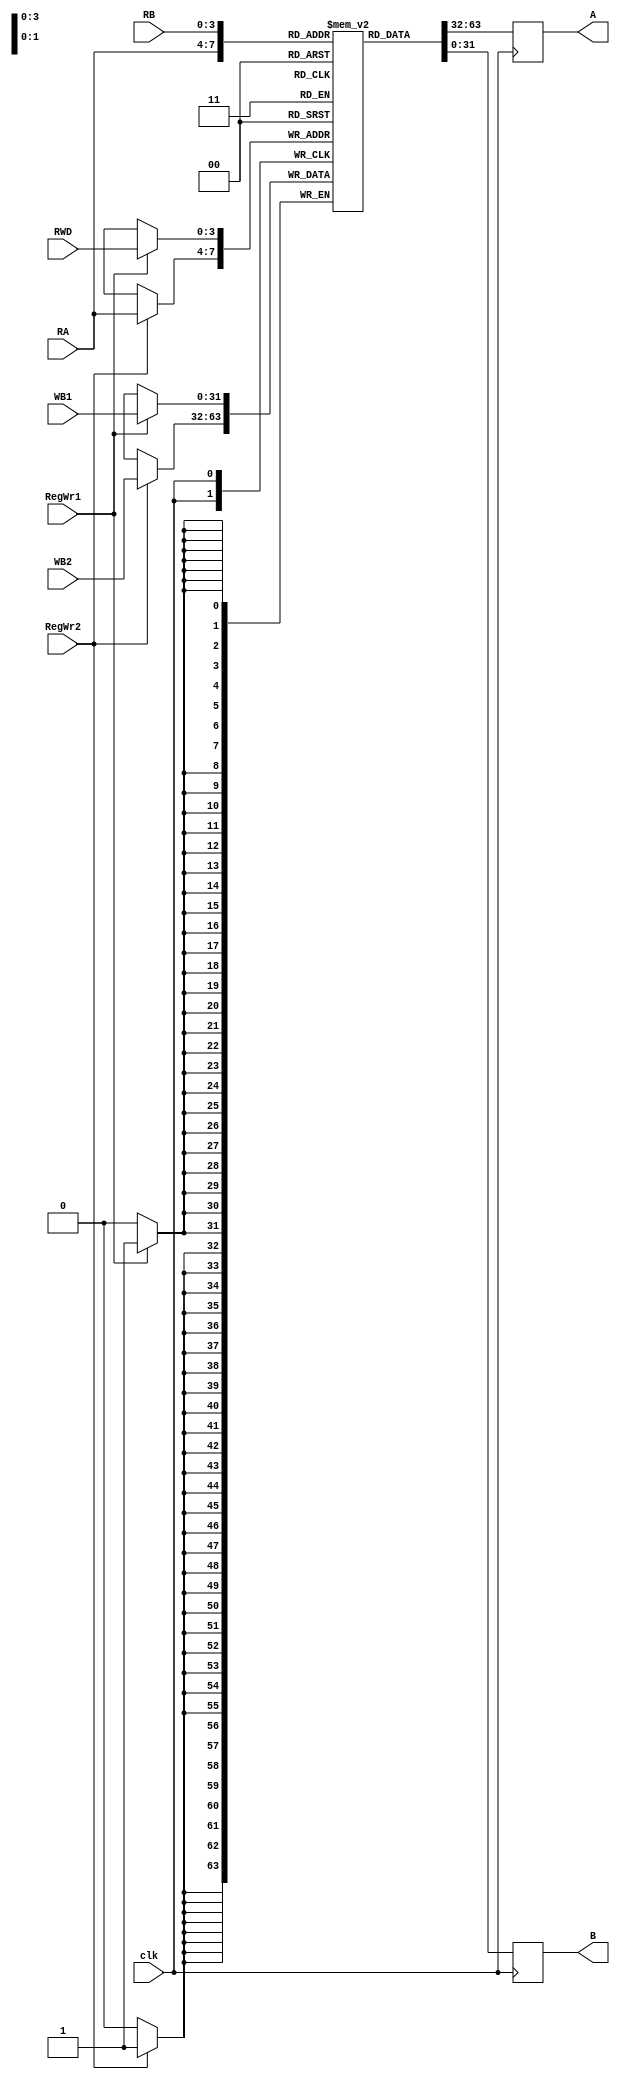
module reg_file(clk,RA,RB,RWD,A,B,RegWr1,RegWr2,WB1,WB2);
    input clk;
    input [3:0] RA, RB,RWD; 
    input [31:0] WB1,WB2;
    input RegWr1,RegWr2;
    output reg [31:0] A;
    output reg [31:0] B;
    reg [31:0] registers [0:15];

    always @(posedge clk) begin
        if (RegWr1) begin
            registers[RWD] <= WB1;
        end	
		if (RegWr2) begin
            registers[RA] <= WB2;
        end
        A = registers[RA];
        B = registers[RB];
    end	  
	// Initial values for the registers
	 initial begin
        registers[0] = 32'h00000000;
        registers[1] = 32'h00000001;
        registers[2] = 32'h00000002;
        registers[3] = 32'h00000003;
        registers[4] = 32'h00000004;
        registers[5] = 32'h00000005;
        registers[6] = 32'h00000006;
        registers[7] = 32'h00000007;
        registers[8] = 32'h00000008;
        registers[9] = 32'h00000009;
        registers[10] = 32'h0000000A;
    end
    
endmodule